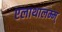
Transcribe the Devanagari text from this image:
एलाथालम्म्